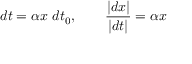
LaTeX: d t = \alpha x \ d t _ { 0 } , \qquad { \frac { | d x | } { | d t | } } = \alpha x